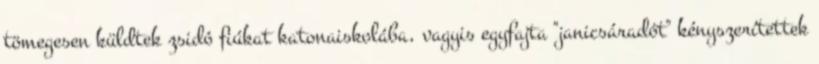
tömegesen küldtek zsidó fiúkat katonaiskolába, vagyis egyfajta "janicsáradót" kényszerítettek